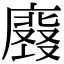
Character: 𭚀